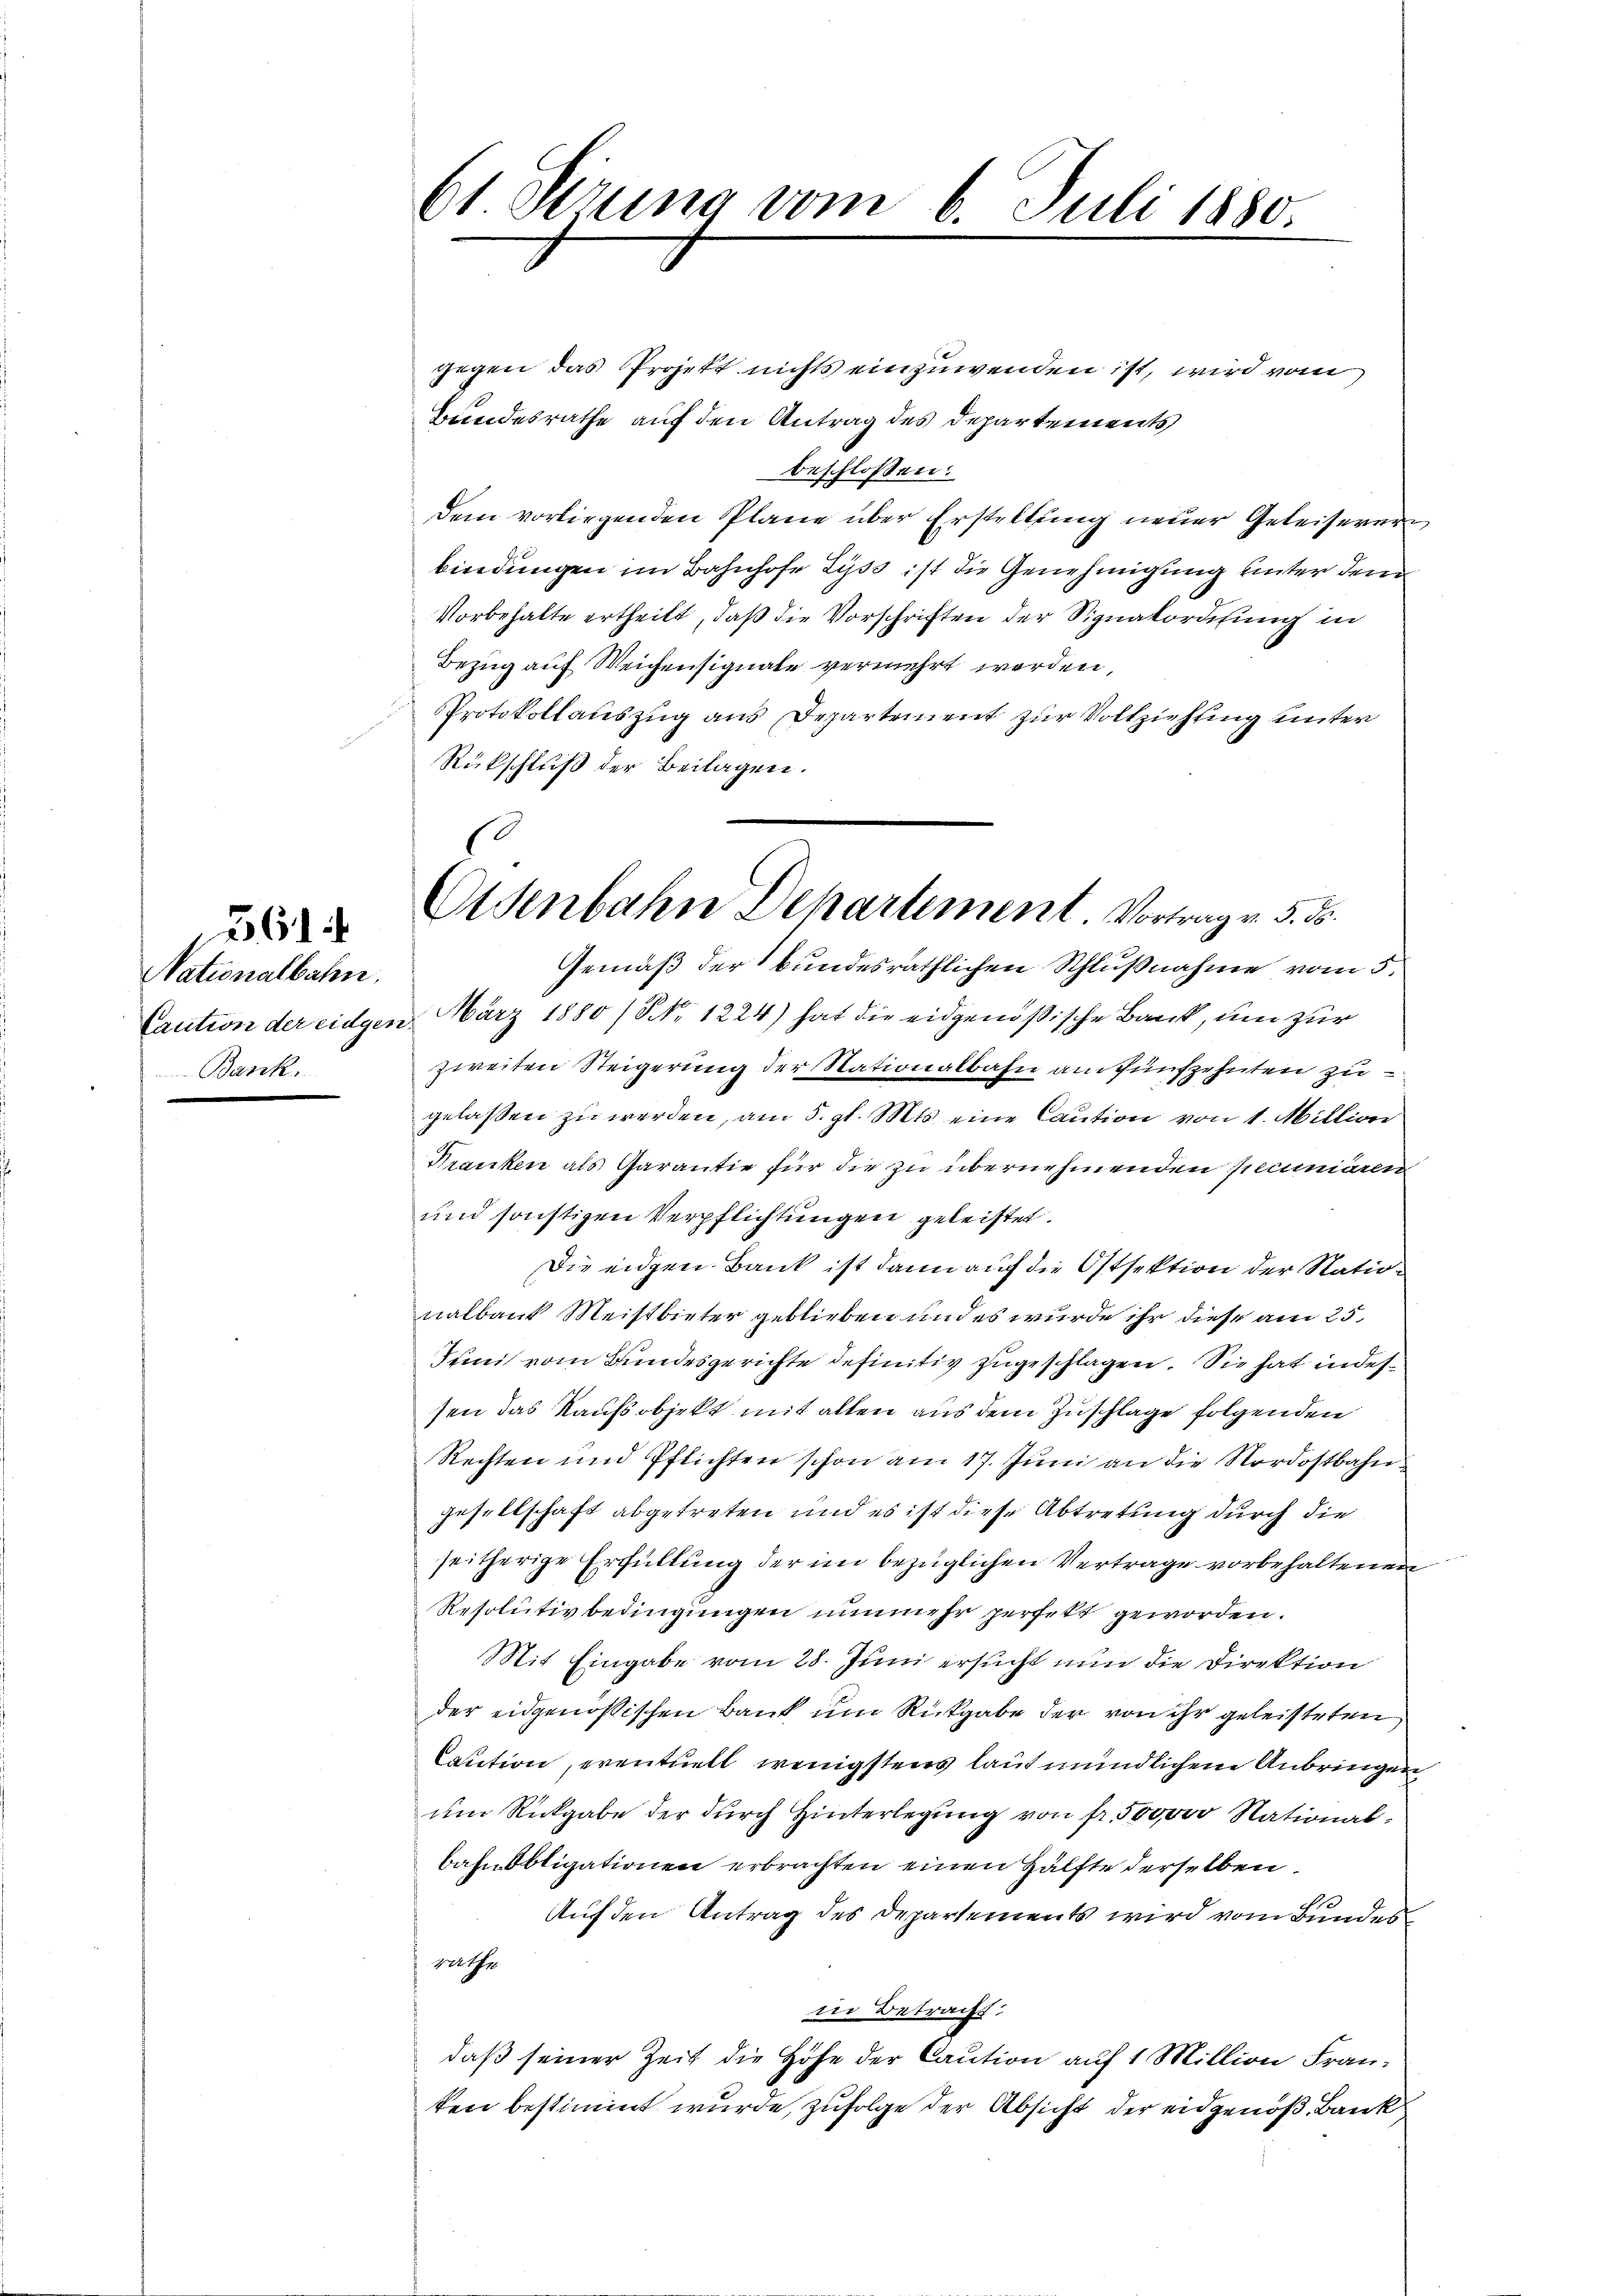
361

Nationalbahn.
Bank.

61. Serung vom

gegen das Projekt nichts einzuwenden ist, wird vom
Bundesrathe auf den Antrag des Departements
beschlossen:
dem vorliegenden Pläne über Erstellung neuer Geleiserer
bindungen im Bahnhofe Lyss ist die Genehmigung unter dem
Vorbehalte ertheilt, daß die Vorschriften der Signakordisung in
Bezug auf Weichensignate vermehrt werden,
Protokollauszug aus Departement zur Vollziehung unter
Rückschluß der Beilagen.
Gemäß der bundesräthlichen Schlußnahme vom 5.
Caution der eidgen. März 1880 / NNo. 1224) hat die eidgenößische Bank, um zur
zweiten Steigerung der Nationalbahn am fünfzehnten zu
gelaßen zu werden, am 5. gl. Mts. eine Caution von 1. Million
Kranken als Garantie für die zu übernehmenden pecuniaren
und sonstigen Verpflichtungen geleistet.
Die eidgen Bank ist dann auf die Ostsektion der Nationalbaut Meistbieter geblieben und es wurde ihr diese am 25.
Juni vom Bundesgerichte definitiv zugeschlagen. Sie hat in dessen das Kaufsobjekt mit allen aus dem Zuschlage folgenden
Rechten und Pflichten schon am 17. Juni an die Nordostbahngesellschaft abgetreten und es ist diese Abtretung durch die
seitherige Erfüllung der im bezüglichen Vertrage vorbehaltenen
Resolutivbedingungen nunmehr perfelt geworden.
Mit Eingabe vom 28. Juni ersucht nun die Direktion
der eidgenössischen Bank um Rückgabe der von ihr geleisteten
Caution, eventuell wenigstens laut mündlichem Anbringen
um Rückgabe der durch Hinterlegung von fr. 500000 Nationalbahnobligationen erbrachten einen Hälfte derselben
Auf den Antrag des Departements wird vom Bundes
gathe
in Betracht:
daß seiner Zeit die Höhe der Caution auf 1 Million Franken bestimmt wurde, zufolge der Absicht der eidgenöß. Bank

6. Juli 1880.

Eisenbahn Departement. Vortrag v. 5. ds.

g